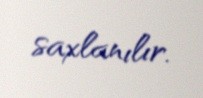
saxlanılır.